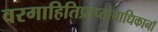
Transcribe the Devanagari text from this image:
वरगाहितिप्राप्तोपाधिकानॉ